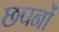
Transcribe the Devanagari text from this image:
छपनों